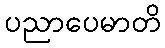
ပညာပေမာတိ